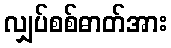
လျှပ်စစ်ဓာတ်အား